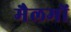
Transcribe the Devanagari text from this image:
मैलमों